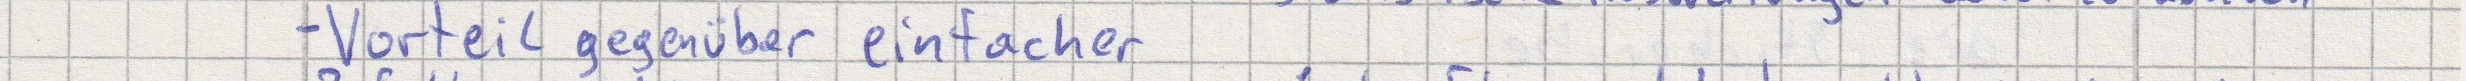
- Vorteil gegenüber einfacher